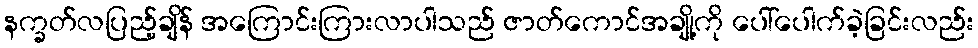
နက္ခတ်လပြည့်ချိန် အကြောင်းကြားလာပါသည် ဇာတ်ကောင်အချို့ကို ပေါ်ပေါက်ခဲ့ခြင်းလည်း